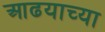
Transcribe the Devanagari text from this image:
आढयाच्या